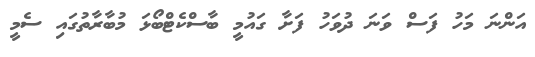
އަންނަ މަހު ފަސް ވަނަ ދުވަހު ފަށާ ގައުމީ ބާސްކެޓްބޯޅަ މުބާރާތުގައި ސެމީ